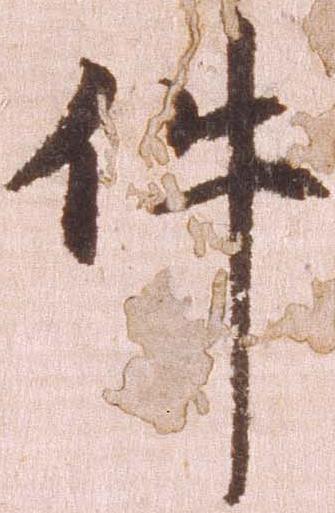
件